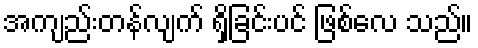
အကျည်းတန်လျက် ရှိခြင်းပင် ဖြစ်လေ သည်။